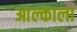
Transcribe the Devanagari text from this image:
आल्काला